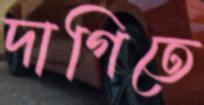
দাগিতে